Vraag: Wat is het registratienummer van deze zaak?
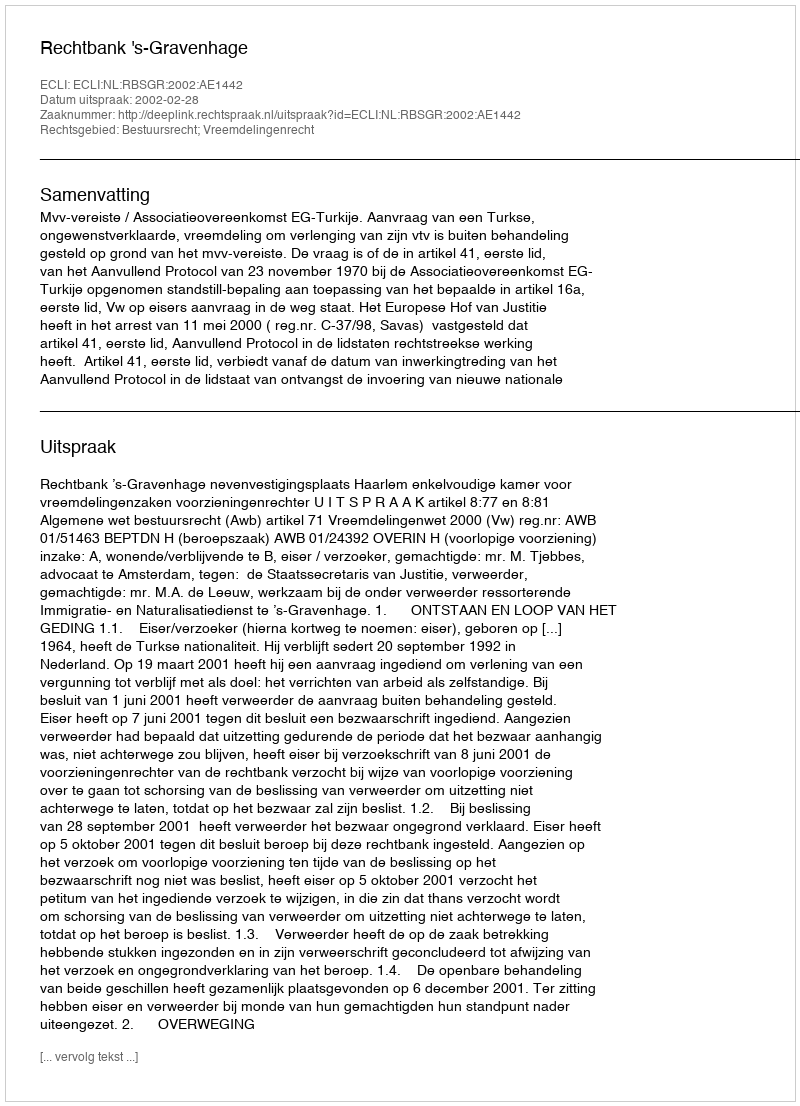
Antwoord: http://deeplink.rechtspraak.nl/uitspraak?id=ECLI:NL:RBSGR:2002:AE1442